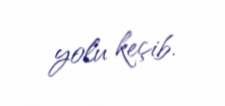
yolu keçib.